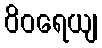
ဝိဝရေယျ